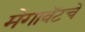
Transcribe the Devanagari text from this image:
मेगावॅटचे